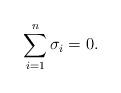
LaTeX: \begin{align*}\sum_{i=1}^n\sigma_i =0.\end{align*}